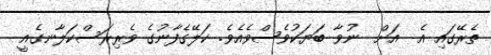
ތެރޭގައި އެ  އަށް  ނުވާ ބަޔަކުވެސްވެއެވެ. ކަލޭގެފާނުގެ ވެރިރަސްކަލާނގެއީ